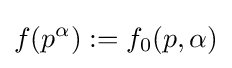
f(p^{\alpha }):=f_{0}(p,\alpha )